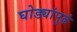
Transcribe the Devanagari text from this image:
घोड्यांपुढं